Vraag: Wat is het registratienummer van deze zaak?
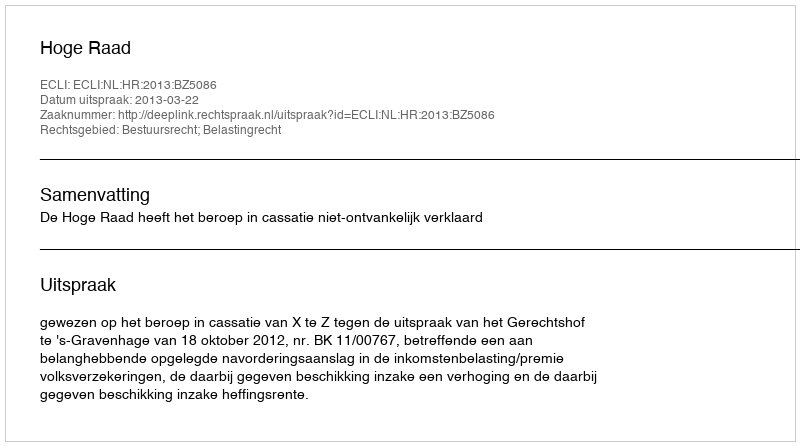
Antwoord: http://deeplink.rechtspraak.nl/uitspraak?id=ECLI:NL:HR:2013:BZ5086